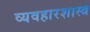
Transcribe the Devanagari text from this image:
व्यवहारशास्त्र